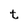
Character: t